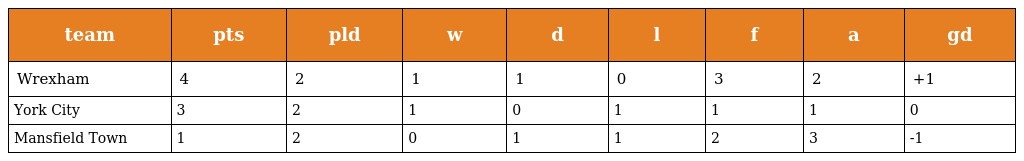
| team | pts | pld | w | d | l | f | a | gd |
 | --- | --- | --- | --- | --- | --- | --- | --- | --- |
 | Wrexham | 4 | 2 | 1 | 1 | 0 | 3 | 2 | +1 |
 | York City | 3 | 2 | 1 | 0 | 1 | 1 | 1 | 0 |
 | Mansfield Town | 1 | 2 | 0 | 1 | 1 | 2 | 3 | -1 |